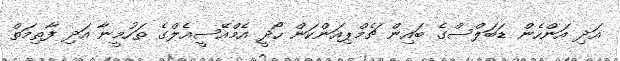
އަދި އަންހެން ޑަބަލްސްގެ ބައިން ޗެމްޕިއަންކަން ހޯދީ އެމްއޭސީއެލްގެ ތަހުމީނާ އަދި ފާތިމަތް